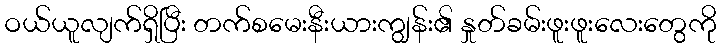
ဝယ်ယူလျက်ရှိပြီး တက်စမေးနီးယားကျွန်း၏ နှုတ်ခမ်းဖူးဖူးလေးတွေကို